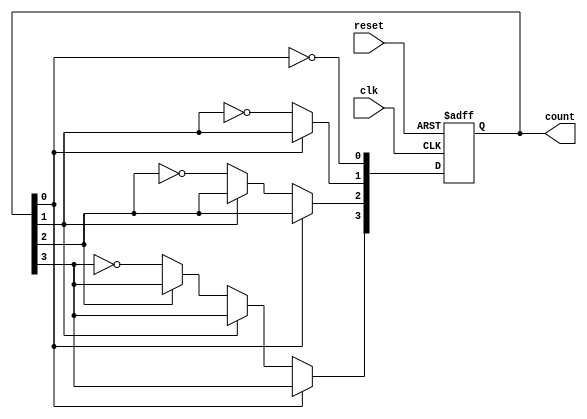
module async_counter (
    input wire clk,       // Clock input
    input wire reset,     // Asynchronous reset input
    output reg [n-1:0] count // Counter output
);
    parameter n = 4; // Number of bits (change as necessary)

    // Asynchronous reset and toggling of flip-flops
    always @(posedge clk or posedge reset) begin
        if (reset) begin
            count <= 0; // Reset counter to 0
        end
        else begin
            count[0] <= ~count[0]; // Toggle LSB
            if (count[0] == 1'b0) begin // If LSB goes from 1 to 0
                count[1] <= ~count[1]; // Toggle next bit
                if (count[1] == 1'b0) begin // If next goes from 1 to 0
                    count[2] <= ~count[2]; // Toggle next bit
                    if (count[2] == 1'b0) begin // If next goes from 1 to 0
                        count[3] <= ~count[3]; // Toggle next bit
                        // Add more if statements for additional bits as needed
                    end
                end
            end
        end
    end
endmodule